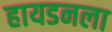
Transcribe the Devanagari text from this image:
हायडनला